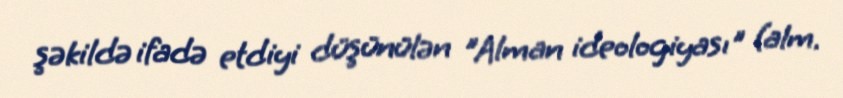
şəkildə ifadə etdiyi düşünülən "Alman ideologiyası" (alm.